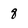
Character: g